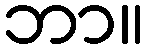
ဘာ။